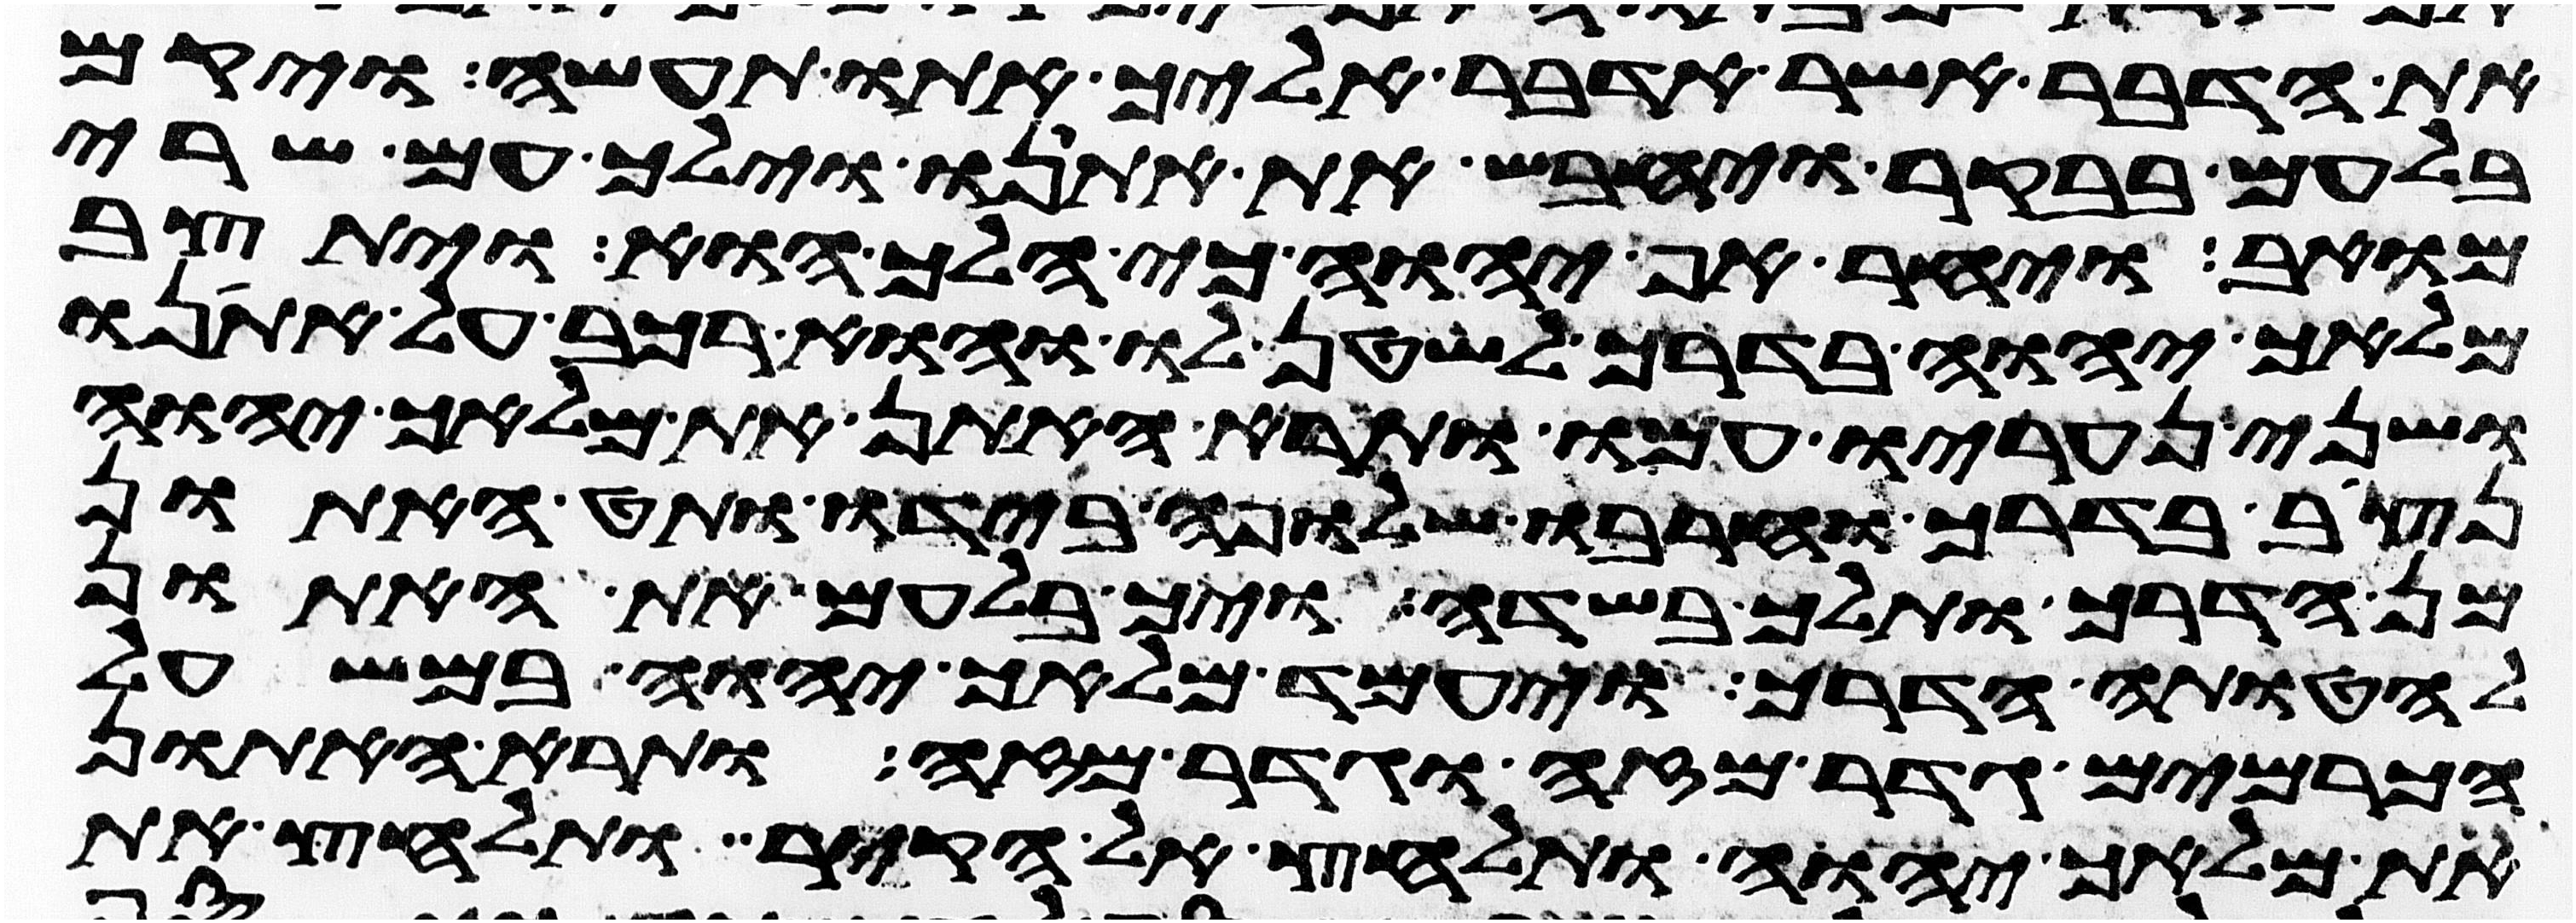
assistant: את הדבר אשר אדבר אליך אתו תעשה ויקם
בלעם בבקר ויחבש את אתנו וילך עם שרי
מואב ויחר אף יהוה כי הלך הוא ויתיצב
מלאך יהוה בדרך לשטן לו והוא רכב על אתנו
ושני נעריו עמו ותרא האתון את מלאך יהוה
נצב בדרך וחרבו שלופה בידו ותט האתון
מן הדרך ותלך בשדה ויך בלעם את האתון
להטותה הדרך ויעמד מלאך יהוה במשעל
הכרמים גדר מזה וגדר מזה ותרא האתון
את מלאך יהוה ותלחץ אל הקיר ותלחץ את